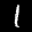
Label: 1